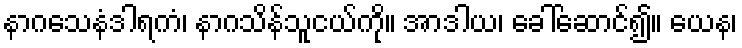
နာဂသေနံဒါရကံ၊ နာဂသိန်သူငယ်ကို။ အာဒါယ၊ ခေါ်ဆောင်၍။ ယေန၊